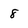
Character: 8